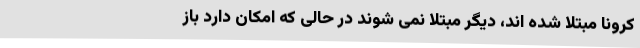
کرونا مبتلا شده اند، دیگر مبتلا نمی شوند در حالی که امکان دارد باز